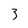
Character: 3